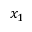
x _ { 1 }